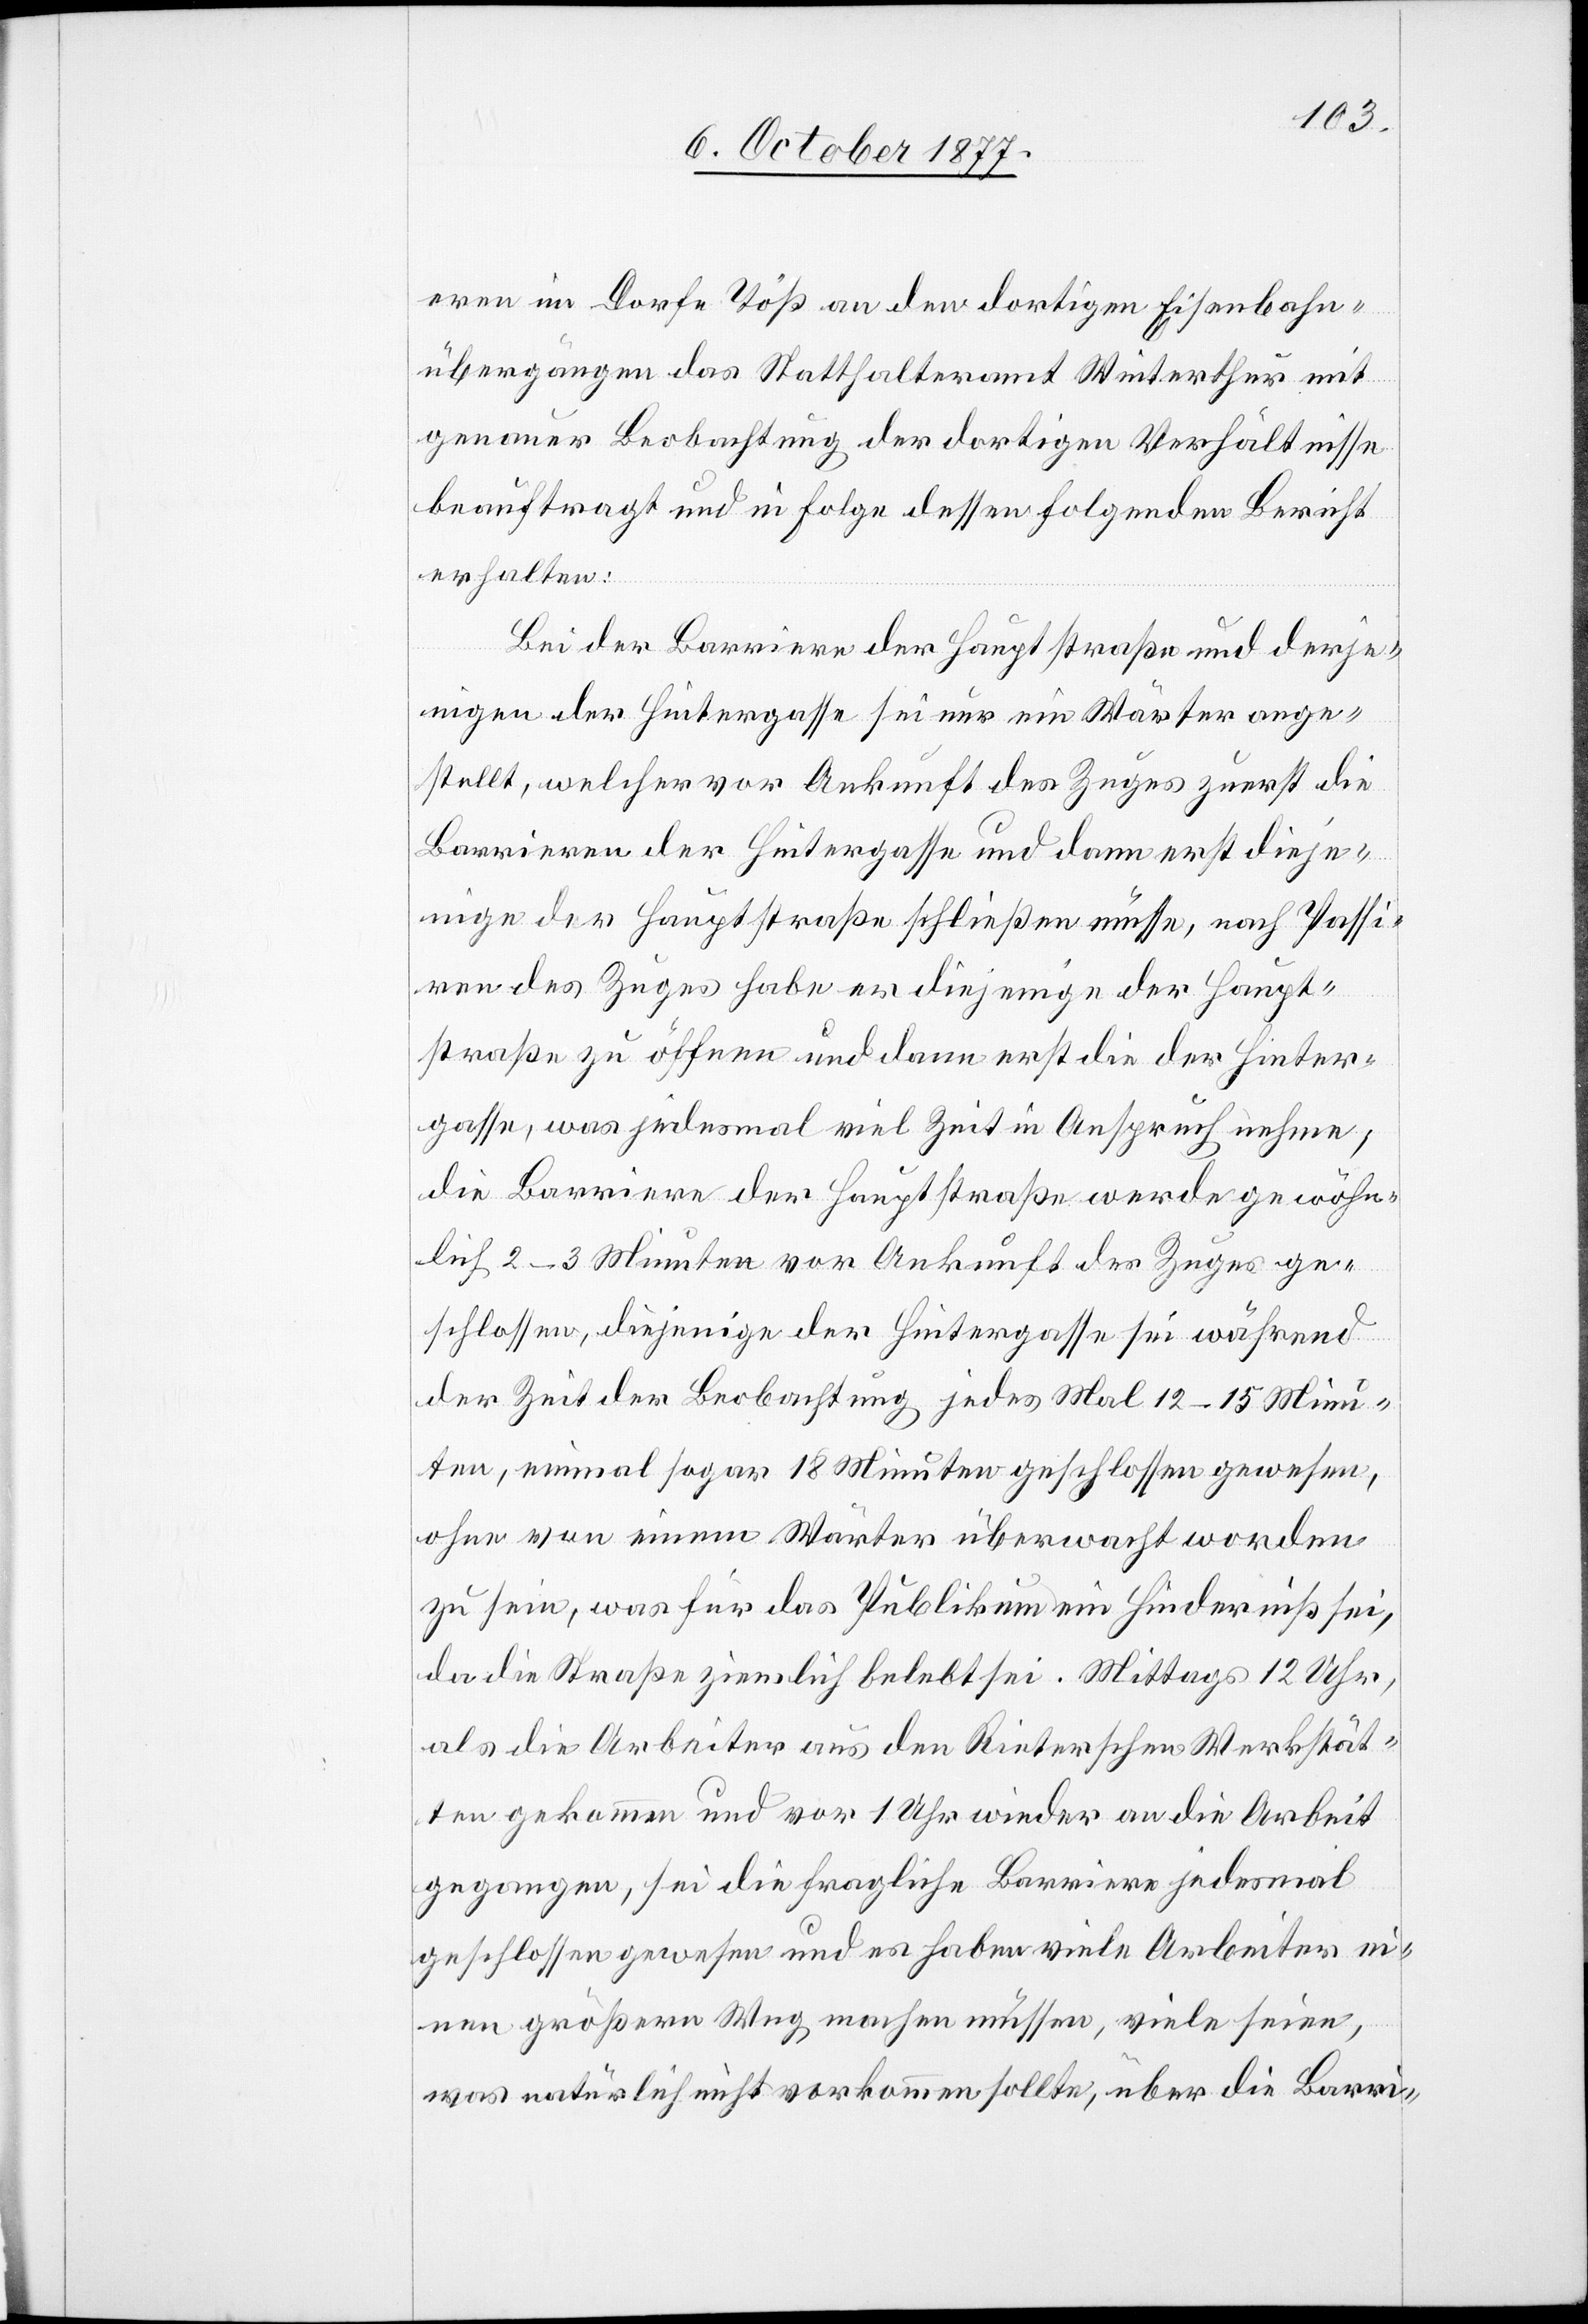
eren im Dorfe Töß an den dortigen Eisenbahn¬
übergängen das Statthalteramt Winterthur mit
genauer Beobachtung der dortigen Verhältnisse
beauftragt und in Folge dessen folgenden Bericht
erhalten:
Bei der Barriere der Hauptstraße und derje¬
nigen der Hintergasse sei nur ein Wärter ange¬
stellt, welcher vor Ankunft des Zuges zuerst die
Barrieren der Hintergasse und dann erst dieje¬
nige der Hauptstraße schließen müsse; nach Passi¬
ren des Zuges habe er diejenige der Haupt¬
straße zu öffnen und dann erst die der Hinter¬
gasse, was jedesmal viel Zeit in Anspruch nehme;
die Barriere der Hauptstraße werde gewöhn¬
lich 2–3 Minuten vor Ankunft des Zuges ge¬
schlossen, diejenige der Hintergasse sei während
der Zeit der Beobachtung jedes Mal 12–15 Minu¬
ten, einmal sogar 18 Minuten geschlossen gewesen,
ohne von einem Wärter überwacht worden
zu sein, was für das Publikum ein Hinderniß sei,
da die Straße ziemlich belebt sei. Mittags 12 Uhr,
als die Arbeiter aus den Rieterschen Werkstät¬
ten gekommen und vor 1 Uhr wieder an die Arbeit
gegangen, sei die fragliche Barriere jedesmal
geschlossen gewesen und es haben viele Arbeiter ei¬
nen größern Weg machen müssen, viele seien,
was natürlich nicht vorkommen sollte, über die Barri-